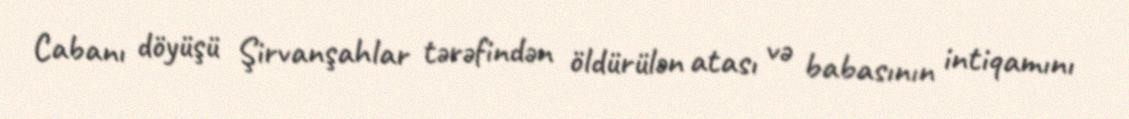
Cabanı döyüşü Şirvanşahlar tərəfindən öldürülən atası və babasının intiqamını